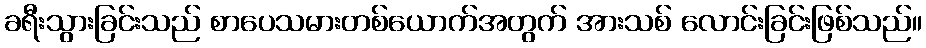
ခရီးသွားခြင်းသည် စာပေသမားတစ်ယောက်အတွက် အားသစ် လောင်းခြင်းဖြစ်သည်။